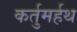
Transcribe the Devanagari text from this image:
कर्तुमर्हथ